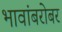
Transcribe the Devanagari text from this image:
भावांबरोबर